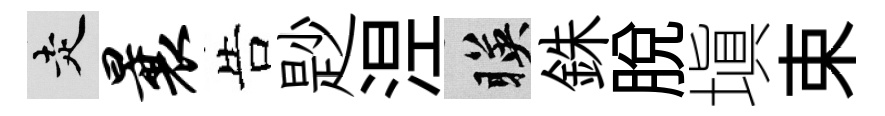
走曩告尟𣵀暎銖脱塡束